Indian journal of veterinary science and animal husbandry - Volumes 22-23, 1952-1953
Year: 1952
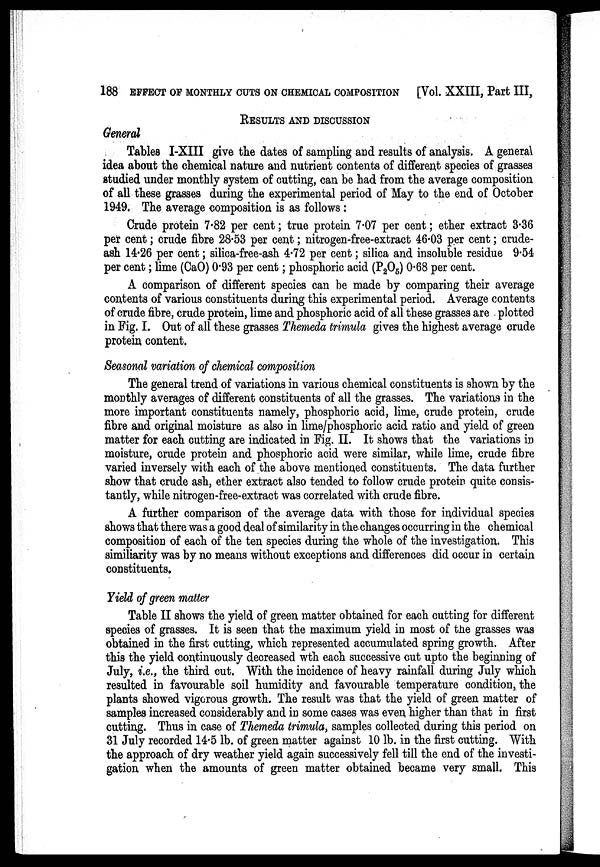
188 EFFECT OF MONTHLY CUTS ON CHEMICAL COMPOSITION [Vol. XXIII, Part III,
RESULTS AND DISCUSSION
General
Tables I-XIII give the dates of sampling and results of analysis. A general
idea about the chemical nature and nutrient contents of different species of grasses
studied under monthly system of cutting, can be had from the average composition
of all these grasses during the experimental period of May to the end of October
1949. The average composition is as follows:
Crude protein 7.82 per cent; true protein 7.07 per cent; ether extract 3.36
per cent; crude fibre 28.53 per cent; nitrogen-free-extract 46.03 per cent; crude-
ash 14.26 per cent; silica-free-ash 4.72 per cent; silica and insoluble residue 9.54
per cent; lime (CaO) 0.93 per cent; phosphoric acid (P 2 O 5 ) 0.68 per cent.
A comparison of different species can be made by comparing their average
contents of various constituents during this experimental period. Average contents
of crude fibre, crude protein, lime and phosphoric acid of all these grasses are plotted
in Fig. I. Out of all these grasses Themeda trimula gives the highest average crude
protein content.
Seasonal variation of chemical composition
The general trend of variations in. various chemical constituents is shown by the
monthly averages of different constituents of all the grasses. The variations in the
more important constituents namely, phosphoric acid, lime, crude protein, crude
fibre and original moisture as also in lime/phosphoric acid ratio and yield of green
matter for each cutting are indicated in Fig. II. It shows that the variations in
moisture, crude protein and phosphoric acid were similar, while lime, crude fibre
varied inversely with each of the above mentioned constituents. The data further
show that crude ash, ether extract also tended to follow crude protein quite consis-
tantly, while nitrogen-free-extract was correlated with crude fibre.
A further comparison of the average data with those for individual species
shows that there was a good deal of similarity in the changes occurring in the chemical
composition of each of the ten species during the whole of the investigation. This
similiarity was by no means without exceptions and differences did occur in certain
constituents.
Yield of green matter
Table II shows the yield of green matter obtained for each cutting for different
species of grasses. It is seen that the maximum yield in most of the grasses was
obtained in the first cutting, which represented accumulated spring growth. After
this the yield continuously decreased wth each successive cut upto the beginning of
July, i.e., the third cut. With the incidence of heavy rainfall during July which
resulted in favourable soil humidity and favourable temperature condition, the
plants showed vigorous growth. The result was that the yield of green matter of
samples increased considerably and in some cases was even higher than that in first
cutting. Thus in case of Themeda trimula, samples collected during this period on
31 July recorded 14.5 lb. of green matter against 10 lb. in the first cutting. With
the approach of dry weather yield again successively fell till the end of the investi-
gation when the amounts of green matter obtained became very small. This